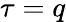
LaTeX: \tau=q